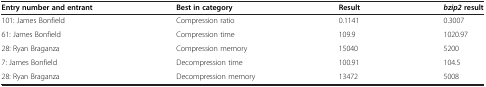
<table><thead><tr><td><b>Entry number and entrant</b></td><td><b>Best in category</b></td><td><b>Result</b></td><td><b><i>bzip2 </i>result</b></td></tr></thead><tbody><tr><td>101: James Bonfield</td><td>Compression ratio</td><td>0.1141</td><td>0.3007</td></tr><tr><td>61: James Bonfield</td><td>Compression time</td><td>109.9</td><td>1020.97</td></tr><tr><td>28: Ryan Braganza</td><td>Compression memory</td><td>15040</td><td>5200</td></tr><tr><td>7: James Bonfield</td><td>Decompression time</td><td>100.91</td><td>104.5</td></tr><tr><td>28: Ryan Braganza</td><td>Decompression memory</td><td>13472</td><td>5008</td></tr></tbody></table>